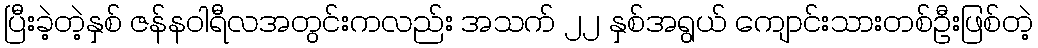
ပြီးခဲ့တဲ့နှစ် ဇန်နဝါရီလအတွင်းကလည်း အသက် ၂၂ နှစ်အရွယ် ကျောင်းသားတစ်ဦးဖြစ်တဲ့